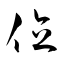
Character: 位